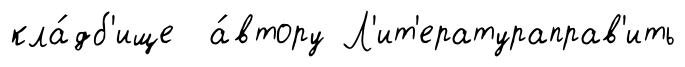
кла́дб'ище а́втору Л'ит'ератураправ'ить